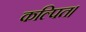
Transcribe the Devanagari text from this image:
कल्पित।